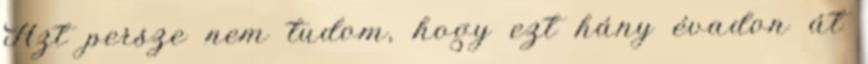
Azt persze nem tudom, hogy ezt hány évadon át